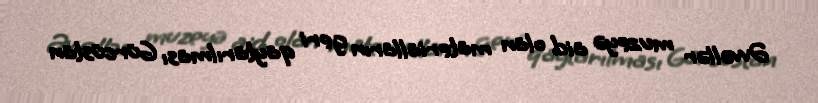
Əvvəllər muzeyə aid olan materialların geri qaytarılması Gürcüstan